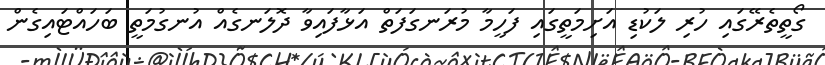
ގޯތީތެރޭގައި ހުރި ލަކުޑި އަށިމަތީގައި ފަހީމާ މުރަނގަފަތް އަޅާފައިވާ ދޮލަނގެއް އުނގުމަތީ ބަހައްޓައިގެން